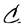
Character: C